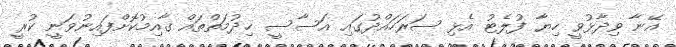
އޭނާ ވިދާޅުވީ ހިޔާ ފުލެޓު އެޅި ސަރަހައްދުގައި އަސާސީ ޚިދުމަތްތައް ގާއިމުކޮށްފައިނުވަނީ ކުރީ